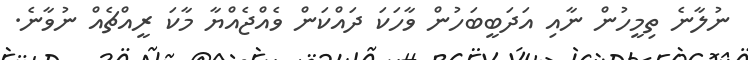
ނުލާނެ ތިމީހުން ނާއި އަދަބީބަހުން ވާހަކަ ދައްކަން ވެއްޖެއްޔާ މާކަ ރީއްޗެއް ނުވާނެ.